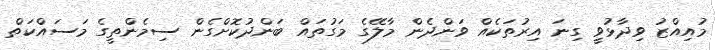
މުއިއްޒު ވިދާޅުވީ ގިނަ އިރުތަކެއް ވަންދެން މާލޭގެ މަގުތައް ބަންދުކޮށްގެން ސިމެންތީގެ މަސައްކަތް